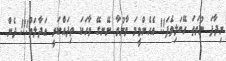
ނިދާފަ ނުވަތަ ހޭބަލިވެފަ!! އެހެންވީމަ ވާނުވާ ނޭނގޭ ވާހަކަ ތިދައްކަނީ އަދާލަތު!!! ދެން